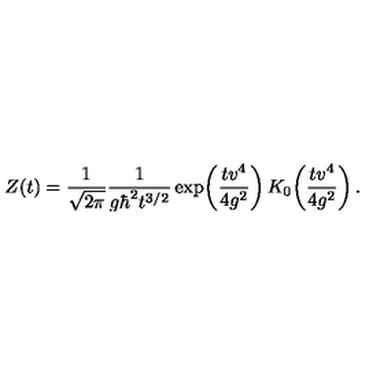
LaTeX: Z ( t ) = { \frac { 1 } { \sqrt { 2 \pi } } } { \frac { 1 } { g \hbar ^ { 2 } t ^ { 3 / 2 } } } \exp \! \left( { \frac { t v ^ { 4 } } { 4 g ^ { 2 } } } \right) K _ { 0 } \! \left( { \frac { t v ^ { 4 } } { 4 g ^ { 2 } } } \right) .